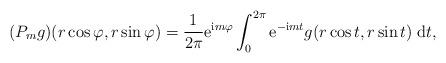
LaTeX: \begin{align*} (P_{m} g )(r \cos \varphi, r \sin \varphi ) = \frac{1}{2\pi} \mathrm e^{\mathrm im\varphi} \int_0^{2\pi} \mathrm e^{-\mathrm im t} g(r\cos t, r \sin t) \; \mathrm{d} t , \end{align*}